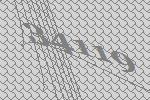
34119